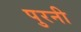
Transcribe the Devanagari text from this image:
पुरनी